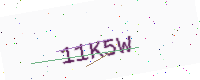
Text: 11K5W